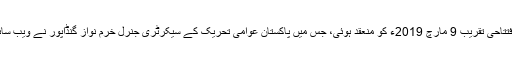
ویب سائٹ کی افتتاحی تقریب 9 مارچ 2019ء کو منعقد ہوئی، جس میں پاکستان عوامی تحریک کے سیکرٹری جنرل خرم نواز گنڈاپور نے ویب سائٹ کا افتتاح کیا۔